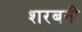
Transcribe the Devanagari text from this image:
शरबनी